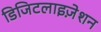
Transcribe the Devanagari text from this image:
डिजिटलाइज़ेशन